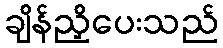
ချိန်ညှိပေးသည်